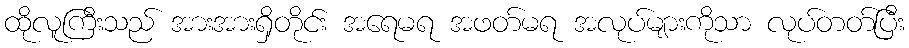
ထိုလူကြီးသည် အားအားရှိတိုင်း အရေမရ အဖတ်မရ အလုပ်များကိုသာ လုပ်တတ်ပြီး